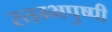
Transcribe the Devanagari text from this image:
स्तम्भपुष्पी